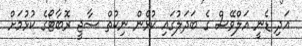
އަދި ޑެނީ އަލްވޭސް ގެ ބަދަލުގައި ކުޅެން ނިކުތް ސާޖީ ރޮބާޓޯގެ ކުޅުމަށް